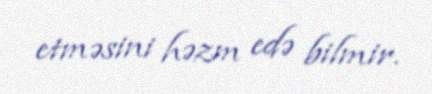
etməsini həzm edə bilmir.